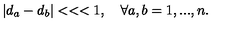
\left| d _ { a } - d _ { b } \right| < < < 1 , \quad \forall a , b = 1 , . . . , n .